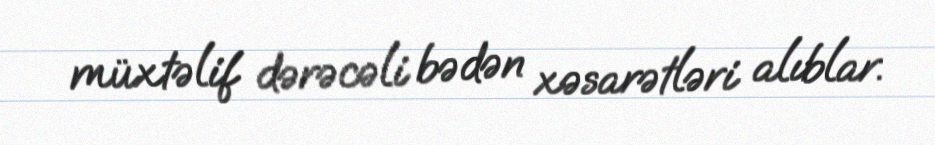
müxtəlif dərəcəli bədən xəsarətləri alıblar.